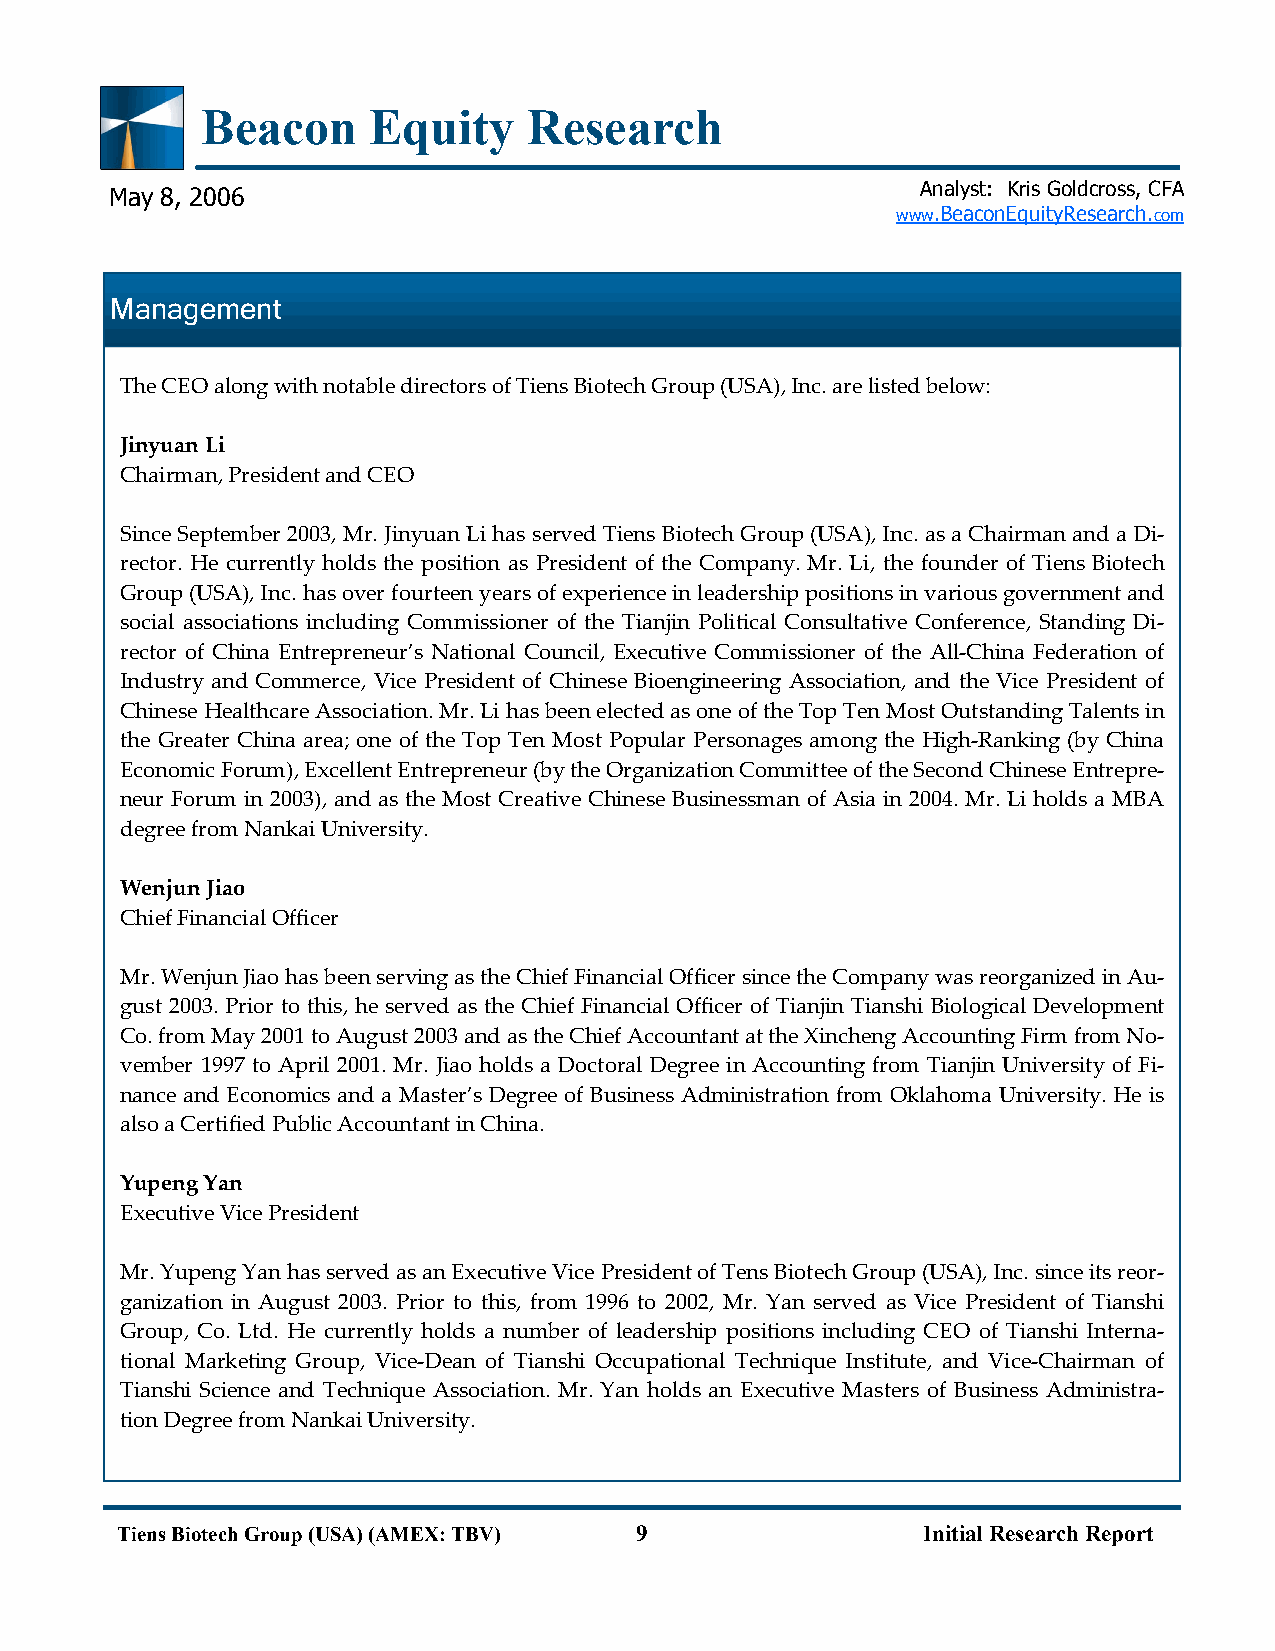
Beacon     Equity     Research
 Analyst: Kris Goldcross, CFA
 May 8, 2006
 www.BeaconEquityResearch.com
 M anagement
 The CEO along with notable directors of Tiens Biotech Group (USA), Inc. are listed below:
 Jinyuan Li
 Chairman, President and CEO
 Since September 2003, Mr. Jinyuan Li has served Tiens Biotech Group (USA), Inc. as a Chairman and a Di-
 rector. He currently holds the position as President of the Company. Mr. Li, the founder of Tiens Biotech
 Group (USA), Inc. has over fourteen years of experience in leadership positions in various government and
 social associations including Commissioner of the Tianjin Political Consultative Conference, Standing Di-
 rector of China Entrepreneur’s National Council, Executive Commissioner of the All-China Federation of
 Industry and Commerce, Vice President of Chinese Bioengineering Association, and the Vice President of
 Chinese Healthcare Association. Mr. Li has been elected as one of the Top Ten Most Outstanding Talents in
 the Greater China area; one of the Top Ten Most Popular Personages among the High-Ranking (by China
 Economic Forum), Excellent Entrepreneur (by the Organization Committee of the Second Chinese Entrepre-
 neur Forum in 2003), and as the Most Creative Chinese Businessman of Asia in 2004. Mr. Li holds a MBA
 degree from Nankai University.
 Wenjun Jiao
 Chief Financial Officer
 Mr. Wenjun Jiao has been serving as the Chief Financial Officer since the Company was reorganized in Au-
 gust 2003. Prior to this, he served as the Chief Financial Officer of Tianjin Tianshi Biological Development
 Co. from May 2001 to August 2003 and as the Chief Accountant at the Xincheng Accounting Firm from No-
 vember 1997 to April 2001. Mr. Jiao holds a Doctoral Degree in Accounting from Tianjin University of Fi-
 nance and Economics and a Master’s Degree of Business Administration from Oklahoma University. He is
 also a Certified Public Accountant in China.
 Yupeng Yan
 Executive Vice President
 Mr. Yupeng Yan has served as an Executive Vice President of Tens Biotech Group (USA), Inc. since its reor-
 ganization in August 2003. Prior to this, from 1996 to 2002, Mr. Yan served as Vice President of Tianshi
 Group, Co. Ltd. He currently holds a number of leadership positions including CEO of Tianshi Interna-
 tional Marketing Group, Vice-Dean of Tianshi Occupational Technique Institute, and Vice-Chairman of
 Tianshi Science and Technique Association. Mr. Yan holds an Executive Masters of Business Administra-
 tion Degree from Nankai University.
 Tiens Biotech Group (USA) (AMEX: TBV) 9              Initial Research Report